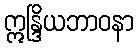
ဣန္ဒြိယဘာဝနာ